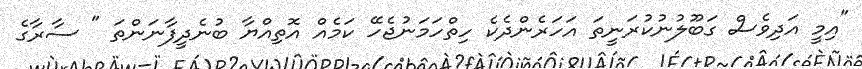
"އިމީ އަދިވެސް ގަބޫލުނުކުރަނީތަ އަހަރެންދެކެ ހިތްހަމަނުޖެހޭ ކަމެއް އޮތިއްޔާ ބުނެދީފާނަންތަ " ސާރާގެ